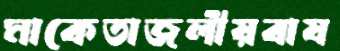
মাকেতাজলীয়বাষ